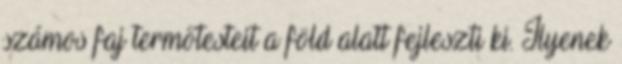
számos faj termőtesteit a föld alatt fejleszti ki. Ilyenek